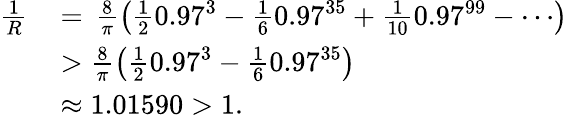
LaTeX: \begin{array}{rl}{\frac{1}{R}\, }&{=\, \frac{8}{\pi}\left(\frac{1}{2}0.97^{3}-\frac{1}{6}0.97^{35}+\frac{1}{10}0.97^{99}-\cdots\right)}\\ &{>\frac{8}{\pi}\left(\frac{1}{2}0.97^{3}-\frac{1}{6}0.97^{35}\right)}\\ &{\approx 1.01590>1.}\end{array}